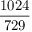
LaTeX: \frac { 1 0 2 4 } { 7 2 9 }